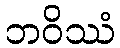
ဘဝိဿံ